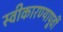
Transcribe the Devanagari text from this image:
स्वीकारण्यापूर्वी